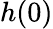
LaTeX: h(0)